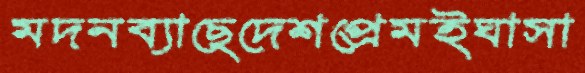
মদনব্যাছেদেশপ্রেমইঘাসা